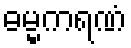
ဓမ္မကရဏံ